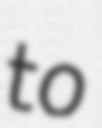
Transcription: to